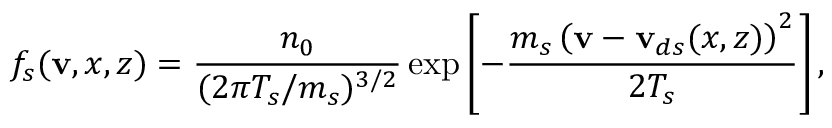
f _ { s } ( \mathbf { v } , x , z ) = \frac { n _ { 0 } } { ( 2 \pi T _ { s } / m _ { s } ) ^ { 3 / 2 } } \exp \left[ - \frac { m _ { s } \left( \mathbf { v } - \mathbf { v } _ { d s } ( x , z ) \right) ^ { 2 } } { 2 T _ { s } } \right] ,